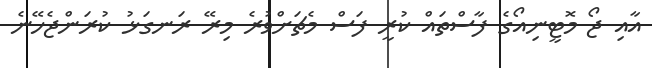
އާއި ޖޯ މޮޓީނިއޯގެ ފާސްތައް ކުރީ ފަސް މެޗަށްވުރެ މިރޭ ރަނގަޅު ކުރަންޖެހޭނެ